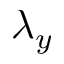
\lambda _ { y }